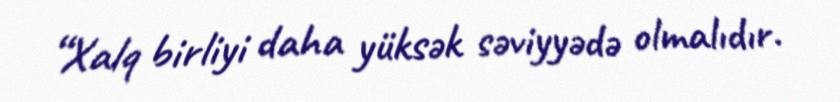
“Xalq birliyi daha yüksək səviyyədə olmalıdır.